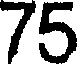
75